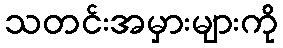
သတင်းအမှားများကို